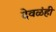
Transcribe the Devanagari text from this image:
देवळंही